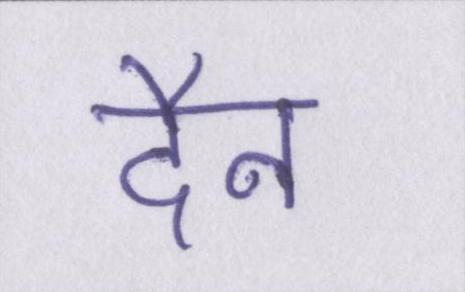
दैन